Report of veterinary surgeon J.H. Steel, A.V.D., on his investigation into an obscure and fatal disease among transport mules in British Burma
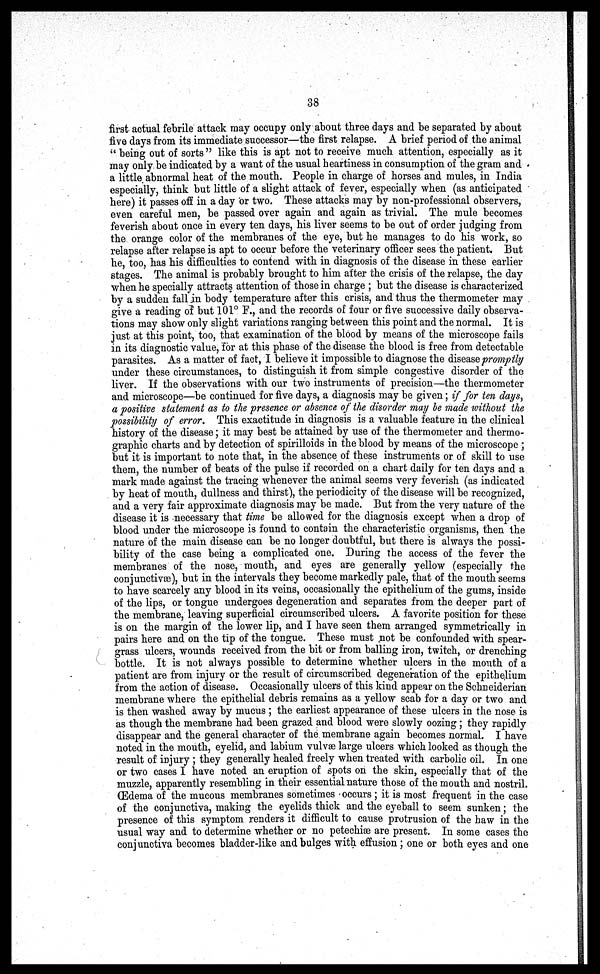
38
first actual febrile attack may occupy only about three days and be separated by about
five days from its immediate successor—the first relapse. A brief period of the animal
" being out of sorts" like this is apt not to receive much attention, especially as it
may only be indicated by a want of the usual heartiness in consumption of the gram and
a little abnormal heat of the mouth. People in charge of horses and mules, in India
especially, think but little of a slight attack of fever, especially when (as anticipated
here) it passes off in a day or two. These attacks may by non-professional observers,
even careful men, be passed over again and again as trivial. The mule becomes
feverish about once in every ten days, his liver seems to be out of order judging from
the orange color of the membranes of the eye, but he manages to do his work, so
relapse after relapse is apt to occur before the veterinary officer sees the patient. But
he, too, has his difficulties to contend with in diagnosis of the disease in these earlier
stages. The animal is probably brought to him after the crisis of the relapse, the day
when he specially attracts attention of those in charge ; but the disease is characterized
by a sudden fall in body temperature after this crisis, and thus the thermometer may
give a reading of but 101° F., and the records of four or five successive daily observa-
tions may show only slight variations ranging between this point and the normal. It is
just at this point, too, that examination of the blood by means of the microscope fails
in its diagnostic value, for at this phase of the disease the blood is free from detectable
parasites. As a matter of fact, I believe it impossible to diagnose the disease promptly
under these circumstances, to distinguish it from simple congestive disorder of the
liver. If the observations with our two instruments of precision—the thermometer
and microscope—be continued for five days, a diagnosis may be given; if for ten days,
a positive statement as to the presence or absence of the disorder may be made without the
possibility of error. This exactitude in diagnosis is a valuable feature in the clinical
history of the disease; it may best be attained by use of the thermometer and thermo-
graphic charts and by detection of spirilloids in the blood by means of the microscope ;
but it is important to note that, in the absence of these instruments or of skill to use
them, the number of beats of the pulse if recorded on a chart daily for ten days and a
mark made against the tracing whenever the animal seems very feverish (as indicated
by heat of mouth, dullness and thirst), the periodicity of the disease will be recognized,
and a very fair approximate diagnosis may be made. But from the very nature of the
disease it is necessary that time be allowed for the diagnosis except when a drop of
blood under the microscope is found to contain the characteristic organisms, then the
nature of the main disease can be no longer doubtful, but there is always the possi-
bility of the case being a complicated one. During the access of the fever the
membranes of the nose, mouth, and eyes are generally yellow (especially the
conjunctivae), but in the intervals they become markedly pale, that of the mouth seems
to have scarcely any blood in its veins, occasionally the epithelium of the gums, inside
of the lips, or tongue undergoes degeneration and separates from the deeper part of
the membrane, leaving superficial circumscribed ulcers. A favorite position for these
is on the margin of the lower lip, and I have seen them arranged symmetrically in
pairs here and on the tip of the tongue. These must not be confounded with spear-
grass ulcers, wounds received from the bit or from balling iron, twitch, or drenching
bottle. It is not always possible to determine whether ulcers in the mouth of a
patient are from injury or the result of circumscribed degeneration of the epithelium
from the action of disease. Occasionally ulcers of this kind appear on the Schneiderian
membrane where the epithelial debris remains as a yellow scab for a day or two and
is then washed away by mucus ; the earliest appearance of these ulcers in the nose is
as though the membrane had been grazed and blood were slowly oozing; they rapidly
disappear and the general character of the membrane again becomes normal. I have
noted in the mouth, eyelid, and labium vulvas large ulcers which looked as though the
result of injury ; they generally healed freely when treated with carbolic oil. In one
or two cases I have noted an eruption of spots on the skin, especially that of the
muzzle, apparently resembling in their essential nature those of the mouth and nostril.
Œdema of the mucous membranes sometimes occurs ; it is most frequent in the case
of the conjunctiva, making the eyelids thick and the eyeball to seem sunken; the
presence of this symptom renders it difficult to cause protrusion of the haw in the
usual way and to determine whether or no petechiæ are present. In some cases the
conjunctiva becomes bladder-like and bulges with effusion; one or both eyes and one